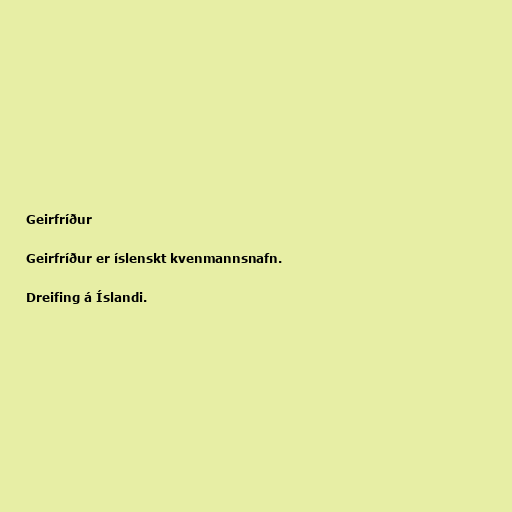
Geirfríður

Geirfríður er íslenskt kvenmannsnafn.

Dreifing á Íslandi.